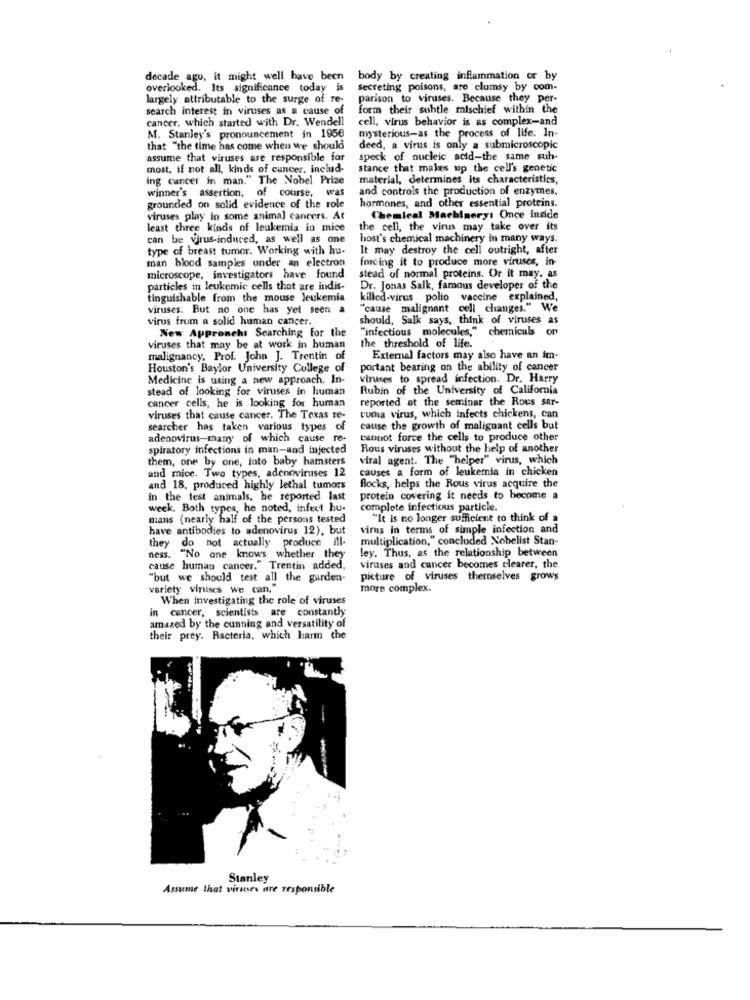
decade ago, it might well have been body by creating inflammation or by
overlooked. Its significance today is
Secreting poisons, are clumsy by com-
largely attributable to the surge of re-
parison to viruses. Because they per-
search interest in viruses as a cause of
form their suhtle mischief within the
cancer, which started with Dr. Wendell
cell, virus behavior is as complex-and
mysterious-as the process of life. In-
M. Stanley's pronouncement in 1956
that "the time has come when we should
deed, a virus is only a submicroscopic
assume that viruses are responsible for
speck of nucleic acid-the same suh-
most, if not all, kinds of cancer, includ-
stance that makes up the cell's genetic
ing cancer in man." The Nobel Prize
material, determines its characteristics,
winner's assertion, of course, was
and controls the production of enzymes,
grounded on solid evidence of the role
hormones, and other essential proteins.
viruses play in some animal cancers. At
Chemical Machinery: Once inside
least three kinds of leukemia in mice
the cell, the virus may take over its
can be virus-induced, as well as one
host's chemical machinery in many ways.
type of breast tumor. Working with hu-
It may destroy the cell outright, after
forcing it to produce more viruses, in
man blood samples under an electron
microscope, investigators have found
stead of normal proteins. Or it may. as
particles in leukemie cells that are indis-
Dr. Jonas Salk, famous developer of the
tinguishable from the mouse leukemia
killed-virus polio vaccine explained,
viruses. But no one has yel seen a
"cause malignant cell changes." We
virus from a solid human cancer.
should, Salk says, think of viruses as
New Approach: Searching for the
"infectious molecules," chemicals on
viruses that may be at work in human
the threshold of life.
malignancy, Prof. John J. Trentin of
External factors may also have an im-
Houston's Baylor University College of
portant bearing on the ability of cancer
Medicine is using a new approach. In-
viruses to spread infection. Dr. Harry
stead of looking for viruses in human
Rubin of the University of California
reported at the seminar the Rous sar-
cancer cells, he is looking for human
viruses that cause cancer. The Texas re-
cuma virus, which infects chickens, can
searcher has taken various types
of
cause the growth of malignant cells but
adenovirus-many of which cause re-
cannot force the cells to produce other
spiratory infections in man-and injected
Rous viruses without the help of another
them, one by one, into baby hamsters
viral agent. The "helper" virus, which
and mice. Two types, adenoviruses 12
causes a form of leukemia in chicken
flocks, helps the Rous virus acquire the
and 18, produced highly lethal tumors
in the test animals, he reported last
protein covering it needs to become a
week. Both types, he noted, infect hu-
complete infectious particle.
mans (nearly half of the persons tested
"It is no longer sufficient to think of a
have antibodies to adenovirus 12), but
virus in terms of simple infection and
multiplication," concluded Nobelist Stan-
they do not actually produce ill-
ley. Thus, as the relationship between
ness. "No one knows whether they
cause human cancer." Trentin added,
viruses and cancer becomes clearer, the
"but we should test all the garden-
picture of viruses themselves grows
variety vinises we can."
more complex.
When Investigating the role of viruses
in cancer, scientists are constantly
amazed by the cunning and versatility of
their prey. Bacteria, which harm the
Stanley
Assume that viruses are responsible